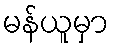
မန်ယူမှာ